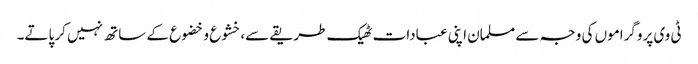
ٹی وی پروگراموں کی وجہ سے مسلمان اپنی عبادات ٹھیک طریقے سے،خشوع و خضوع کے ساتھ نہیں کر پاتے۔